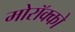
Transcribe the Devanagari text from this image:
मोरॉक्को